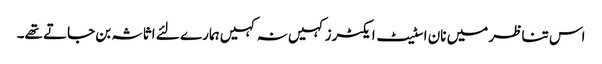
اس تناظر میں نان اسٹیٹ ایکٹرز کہیں نہ کہیں ہمارے لئے اثاثہ بن جاتے تھے۔